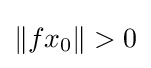
\left\|fx_{0}\right\|>0